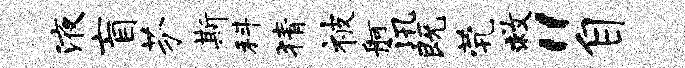
液盲芬斯科猜被舸汛既茕救“自